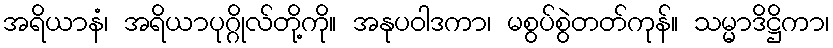
အရိယာနံ၊ အရိယာပုဂ္ဂိုလ်တို့ကို။ အနုပဝါဒကာ၊ မစွပ်စွဲတတ်ကုန်။ သမ္မာဒိဋ္ဌိကာ၊